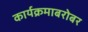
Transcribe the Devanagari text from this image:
कार्यक्रमाबरोबर